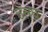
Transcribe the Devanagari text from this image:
उलघ